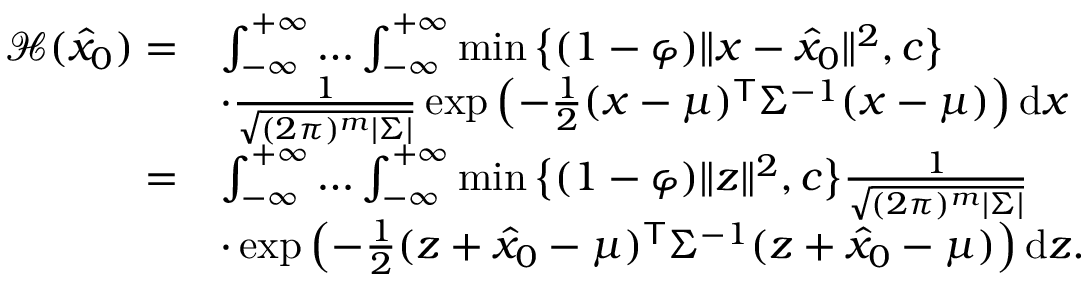
\begin{array} { r l } { \mathcal { H } ( \hat { { x } } _ { 0 } ) = } & { \int _ { - \infty } ^ { + \infty } \ldots \int _ { - \infty } ^ { + \infty } \operatorname* { m i n } \big \{ ( 1 - \varphi ) \| { x } - \hat { { x } } _ { 0 } \| ^ { 2 } , c \big \} } \\ & { \cdot \frac { 1 } { \sqrt { ( 2 \pi ) ^ { m } | { \Sigma } | } } \exp \left( - \frac { 1 } { 2 } ( { x } - { \mu } ) ^ { \mathsf { T } } { \Sigma } ^ { - 1 } ( { x } - { \mu } ) \right) \mathrm { d } { x } } \\ { = } & { \int _ { - \infty } ^ { + \infty } \ldots \int _ { - \infty } ^ { + \infty } \operatorname* { m i n } \big \{ ( 1 - \varphi ) \| { z } \| ^ { 2 } , c \big \} \frac { 1 } { \sqrt { ( 2 \pi ) ^ { m } | { \Sigma } | } } } \\ & { \cdot \exp \left( - \frac { 1 } { 2 } ( { z } + \hat { { x } } _ { 0 } - { \mu } ) ^ { \mathsf { T } } { \Sigma } ^ { - 1 } ( { z } + \hat { { x } } _ { 0 } - { \mu } ) \right) \mathrm { d } { z } . } \end{array}